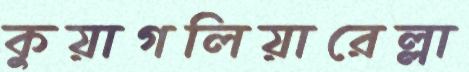
কুয়াগলিয়ারেল্লা